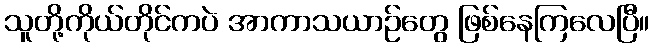
သူတို့ကိုယ်တိုင်ကပဲ အာကာသယာဉ်တွေ ဖြစ်နေကြလေပြီ။